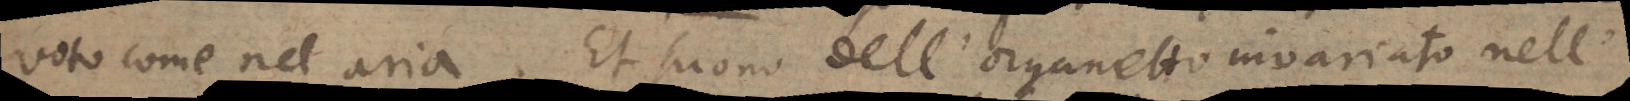
voto come nell’aria. Et suono dell’organetto invariato nell’